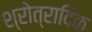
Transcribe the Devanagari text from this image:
श्रोत्रादिक